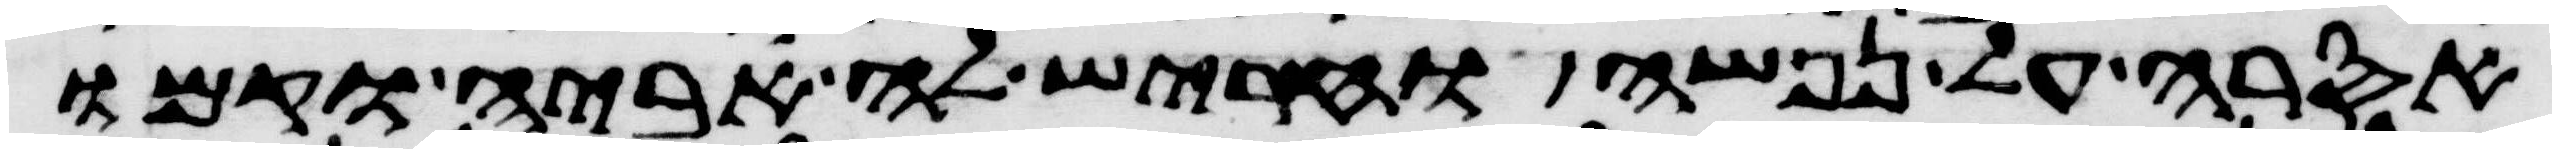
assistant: אסרה על נפשה והחריש לה אביה וקמו